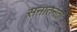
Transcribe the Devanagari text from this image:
सनातनता